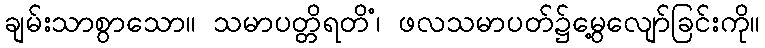
ချမ်းသာစွာသော။ သမာပတ္တိရတိံ၊ ဖလသမာပတ်၌မွေ့လျော်ခြင်းကို။